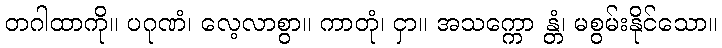
တဂါထာကို။ ပဂုဏံ၊ လေ့လာစွာ။ ကာတုံ၊ ငှာ။ အသက္ကော န္တံ၊ မစွမ်းနိုင်သော။